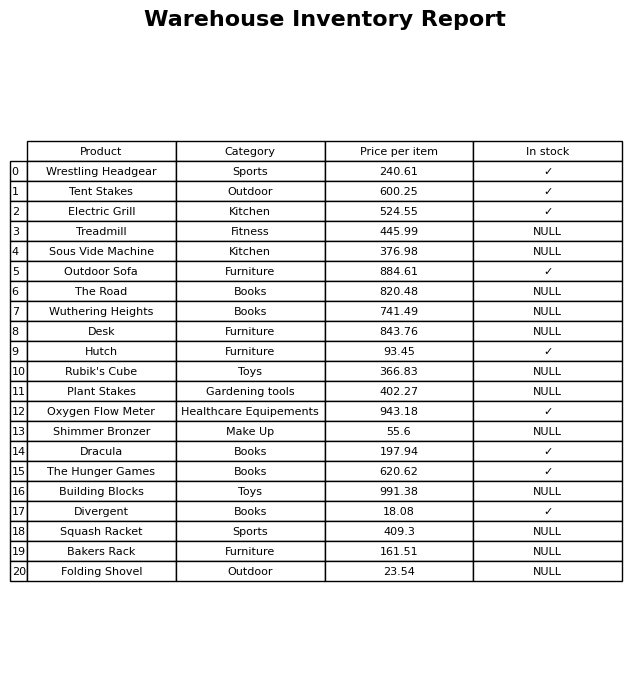
question: What is the price for Divergent?
answer: The price of Divergent is 18.08.